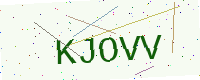
Text: KJOVV